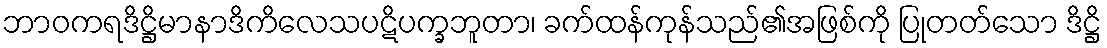
ဘာဝကရဒိဋ္ဌိမာနာဒိကိလေသပဋိပက္ခဘူတာ၊ ခက်ထန်ကုန်သည်၏အဖြစ်ကို ပြုတတ်သော ဒိဋ္ဌိ